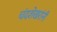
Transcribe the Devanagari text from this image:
चंदशेखरांनी